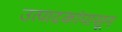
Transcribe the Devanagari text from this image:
उत्पादकांपासून